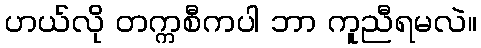
ဟယ်လို တက္ကစီကပါ ဘာ ကူညီရမလဲ။